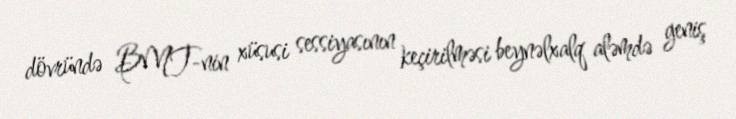
dövründə BMT-nin xüsusi sessiyasının keçirilməsi beynəlxalq aləmdə geniş